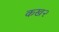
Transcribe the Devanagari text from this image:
कख२